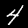
Label: 4